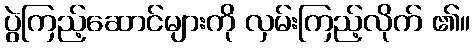
ပွဲကြည့်ဆောင်များကို လှမ်းကြည့်လိုက် ၏။